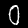
Digit: 0